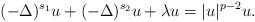
LaTeX: \begin{align*} (-\Delta)^{s_1} u +(-\Delta)^{s_2} u + \lambda u=|u|^{p-2} u.\end{align*}